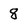
Character: 8